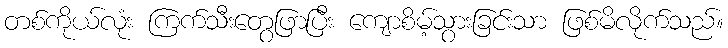
တစ်ကိုယ်လုံး ကြက်သီးတွေဖြာပြီး ကျောစိမ့်သွားခြင်းသာ ဖြစ်မိလိုက်သည်။